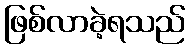
ဖြစ်လာခဲ့ရသည်